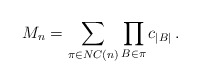
\begin{align*} M_n = \sum_{\pi \in NC(n)} \prod_{B \in \pi} c_{|B|} \, . \end{align*}